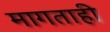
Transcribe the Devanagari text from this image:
मागताही